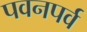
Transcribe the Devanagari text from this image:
पवनपर्व